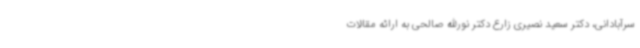
سرآبادانی، دکتر سعید نصیری زارع دکتر نورالله صالحی به ارائه مقالات